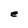
Character: e